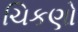
ચિકણો